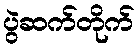
ပွဲဆက်တိုက်